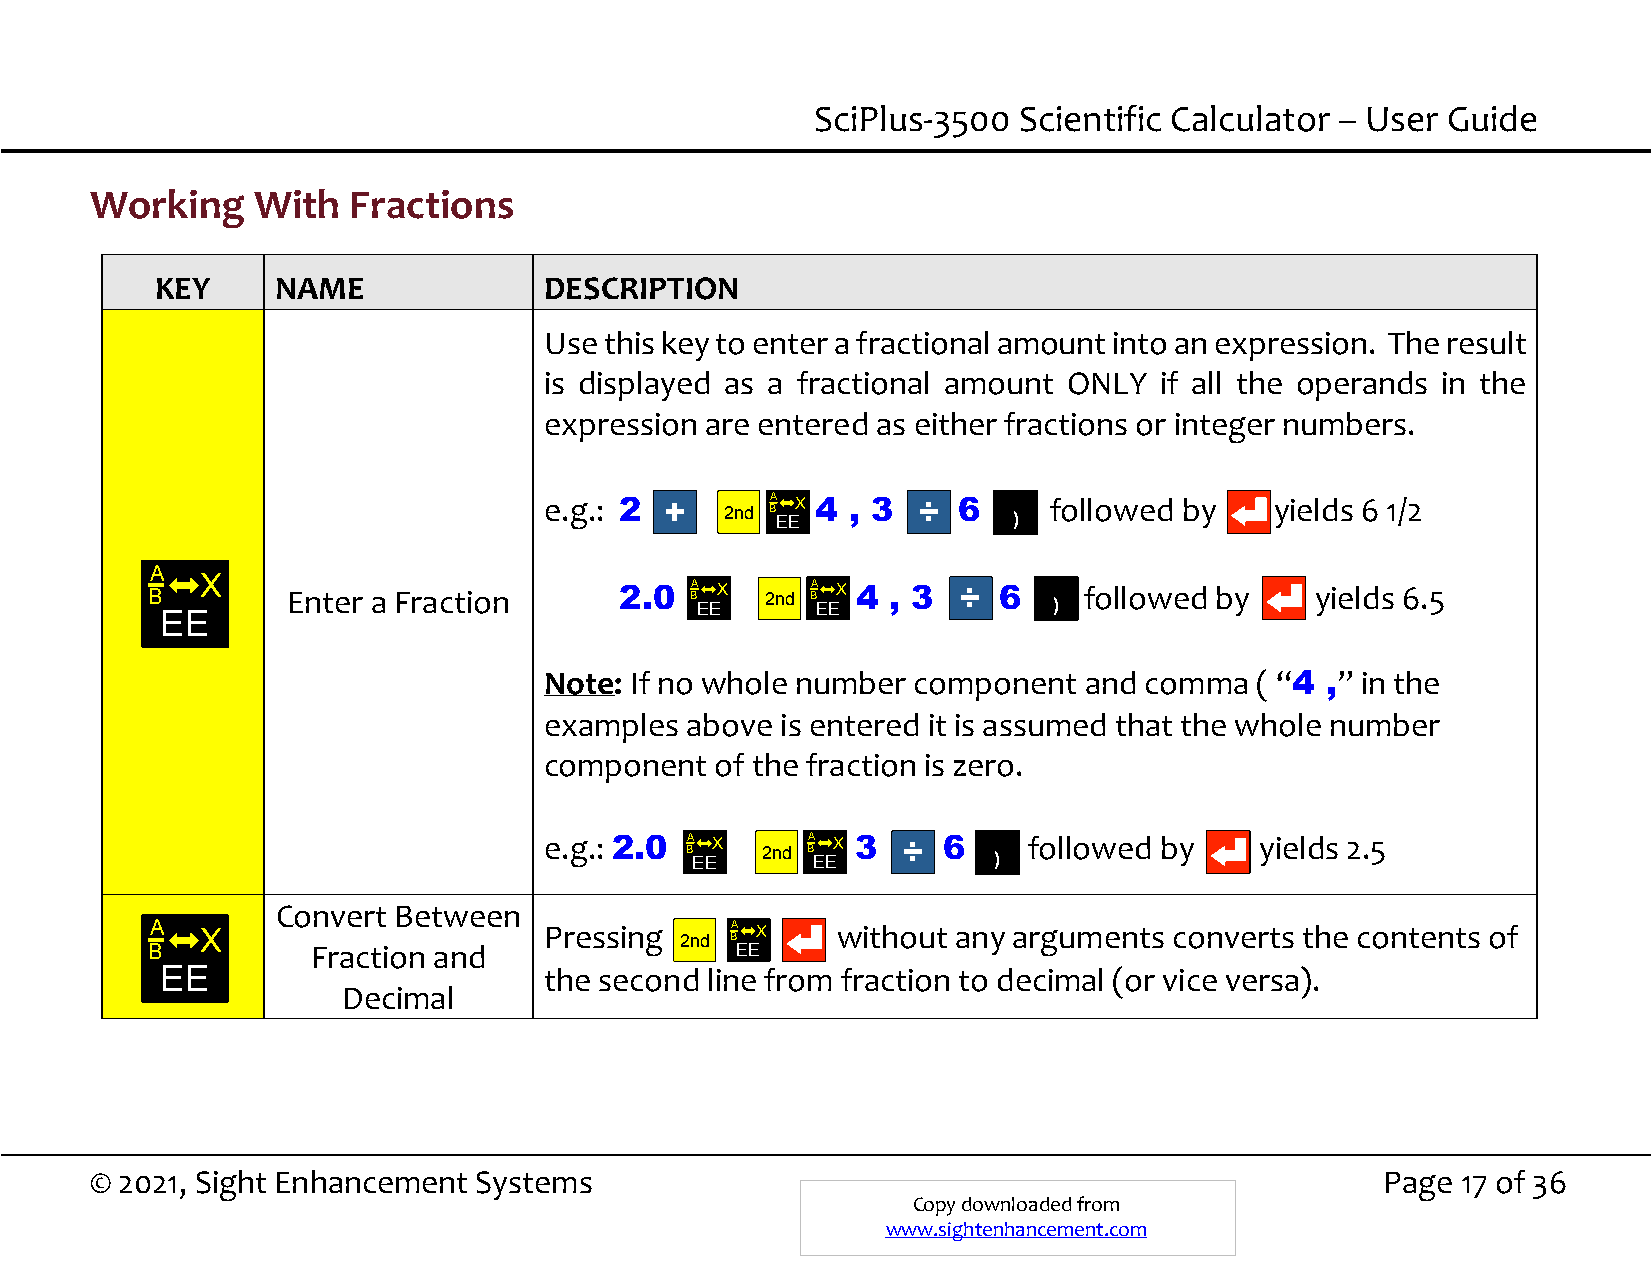
SciPlus-3500 Scientific Calculator – User Guide
 Working    With  Fractions
 KEY     NAME              DESCRIPTION
 Use this key to enter a fractional amount into an expression. The result
 is displayed as a fractional amount ONLY if all the operands in the
 expression are entered as either fractions or integer numbers.
 e.g.: 2 +
 2 n d
 BA
 E E
 X 4 , 3 ÷ 6
 )
 followed by    yields 6 1/2
 A
 B
 X
 Enter a Fraction      2.0  BA E E X 2 n d BA E E X 4 , 3 ÷ 6 ) followed by yields 6.5
 EE
 Note: If no whole number component  and comma  ( “4 ,” in the
 examples above  is entered it is assumed that the whole number
 component  of the fraction is zero.
 e.g.: 2.0 A X    A X 3  ÷ 6     followed by    yields 2.5
 B E E 2nd B E E      )
 Convert Between
 A  X                      Pressing
 2 n d
 BA X   without any arguments  converts the contents of
 B          Fraction and                EE
 EE                       the second line from fraction to decimal (or vice versa).
 Decimal
 © 2021, Sight Enhancement Systems                                                     Page 17 of 36
 Copy downloaded from
 www.sightenhancement.com